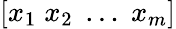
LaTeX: \left[\begin{array}{l}{x_{1}\; x_{2}\; \dots\; x_{m}}\end{array}\right]